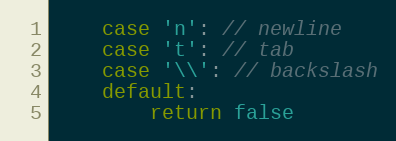
Language: Go
	case 'n': // newline
	case 't': // tab
	case '\\': // backslash
	default:
		return false